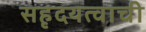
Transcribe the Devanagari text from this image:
सहृदयत्वाची